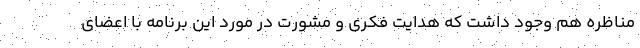
مناظره‌ هم وجود داشت که هدایت فکری و مشورت در مورد این برنامه با اعضای